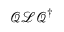
\boldsymbol { \mathcal { Q } } \boldsymbol { \mathcal { L } } \boldsymbol { \mathcal { Q } } ^ { \dagger }